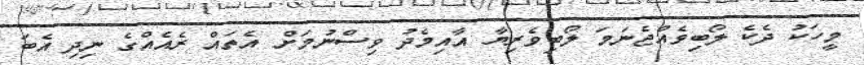
މީހަކު ދެކެ ލޯބިވެއްޖެނަމަ ލޯބިވެރިޔާ އާއިމެދު ވިސްނުމަށް އެތައް ރެއެއްގެ ނިދި އެބަ